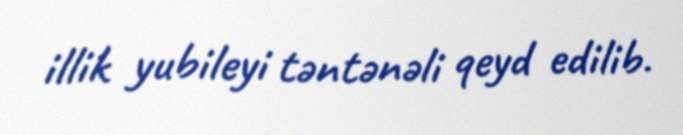
illik yubileyi təntənəli qeyd edilib.